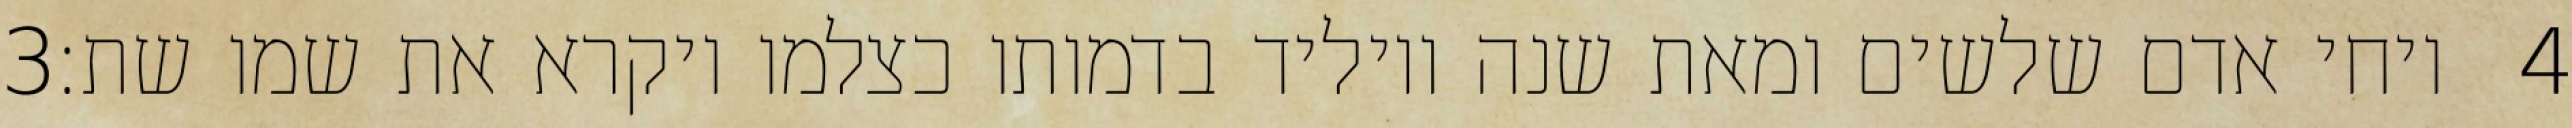
‎3‏ ויחי אדם שלשים ומאת שנה ויוליד בדמותו כצלמו ויקרא את שמו שת׃ ‎4‏